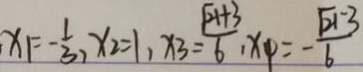
x _ { 1 } = - \frac { 1 } { 3 } , x _ { 2 } = 1 , x _ { 3 } = \frac { \sqrt { 2 1 } + 3 } { 6 } , x _ { 4 } = - \frac { \sqrt { 2 1 } - 3 } { 6 }